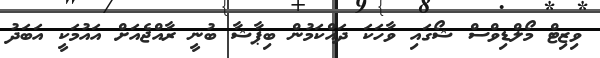
ވިޒިޓް މޯލްޑިވްސް ޝޯގައި ވާހަކަ ދައްކަމުން ބިޕާޝާ ބުނީ ރާއްޖެއަށް އައުމަކީ އަބަދު